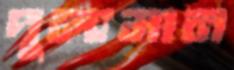
দুল্যমান